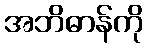
အဘိဓာန်ကို